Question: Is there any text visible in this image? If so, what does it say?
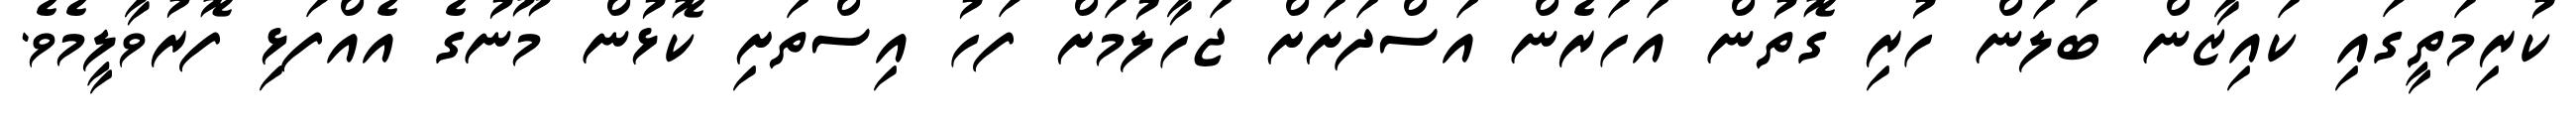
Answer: ކުރިމަތީގައި ކައިޒާން ބަލަން ހުރި ގޮތުން އަހަރެން އަސްދަށަށް ޖަހާލުމަށް ފަހު އިސްތަށި ކޮޅުން މޫނުގެ އެއްފަޅި ފޮރުވާލީމެވެ.